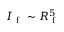
I _ { \mathrm { ~ f ~ } } \sim R _ { \mathrm { ~ f ~ } } ^ { 5 }